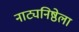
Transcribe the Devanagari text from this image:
नाट्यनिष्ठेला